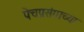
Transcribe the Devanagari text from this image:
पेचप्रसंगाच्या